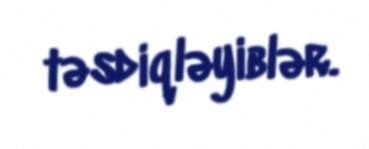
təsdiqləyiblər.